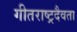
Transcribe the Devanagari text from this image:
गीतराष्ट्रदैवता